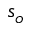
s _ { o }